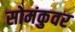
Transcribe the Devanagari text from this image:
सोमंकुवर